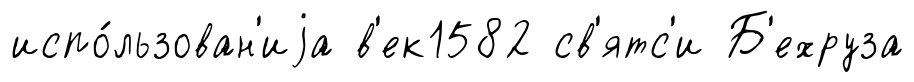
испо́льзован'иjа в'ек1582 св'ятс'и Б'ехруза